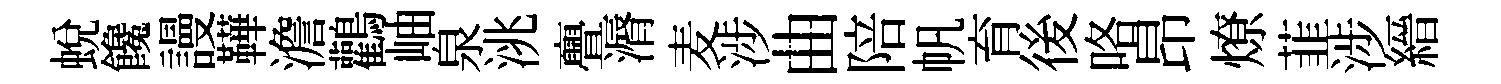
蛻饞謾鞾澹鸛岫泉洮亹漘麦涉曲陪帆育後咯昂燎韮涉縉